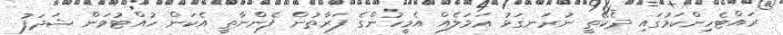
ރައްޓެހިންކަމުގައި ދެކޭތީ ނުރަނގަޅު ޢަމަލެއް އެމީހުންގެ ފަރާތުން ފެންނާތީ އެކަން ހުއްޓުވަން ޝަދަފު